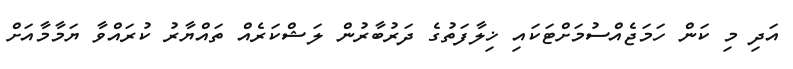
އަދި މި ކަން ހަމަޖެއްސުމަށްޓަކައި ޚިލާފަތުގެ ދަރުބާރުން ލަޝްކަރެއް ތައްޔާރު ކުރައްވާ ޔަމާމާއަށް